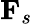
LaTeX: {{\mathbf{F}}_{s}}